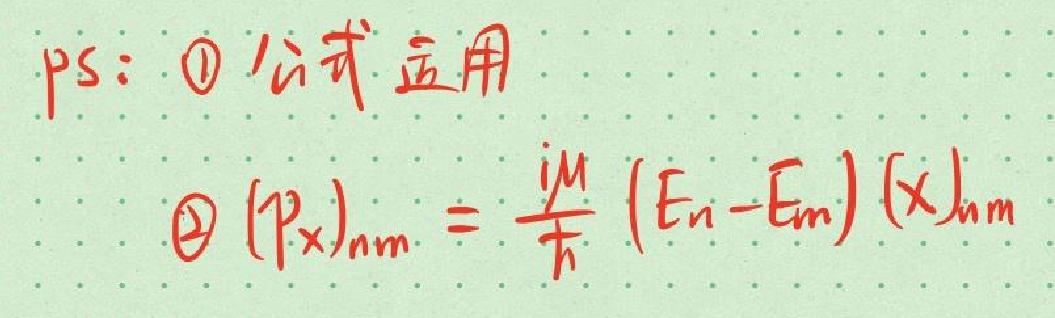
ps: $\textcircled{1}$ 公式应用
$\textcircled{2}$ $(p_x)_{nm}=\frac{iM}{\hbar}(E_n - E_m)(x)_{nm}$